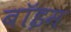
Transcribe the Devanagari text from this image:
बॉइम